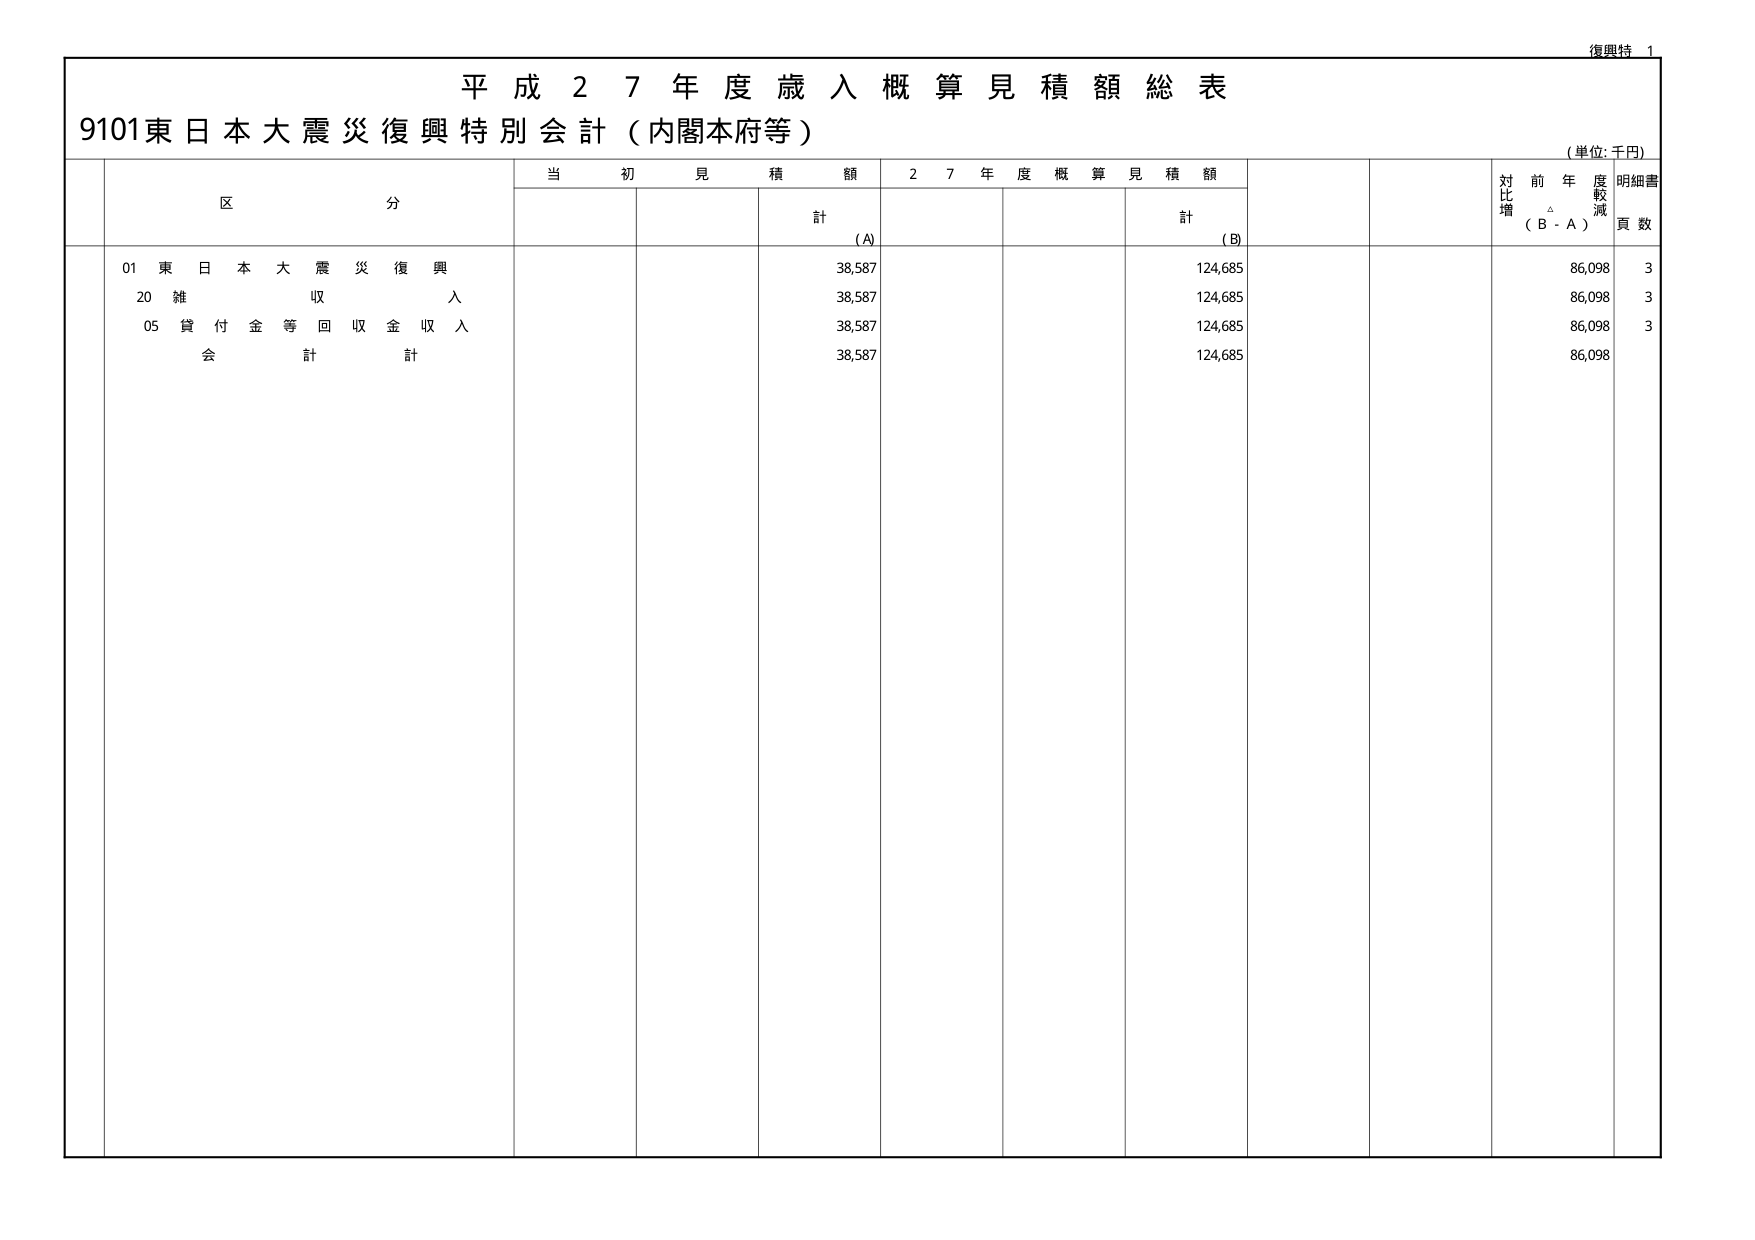
復興特 1
平成27年度歳入概算見積額総表
9101東日本大震災復興特別会計（内閣本府等）
（単位:千円）
区分
当初見積額
27年度概算見積額
対比増
前年度較減
明細書
頁数
計（A）
計（B）
（B - A）
01 東日本大震災復興
38,587
124,685
86,098
3
20 雑収入
38,587
124,685
86,098
3
05 貸付金等回収金収入
38,587
124,685
86,098
3
会計計
38,587
124,685
86,098